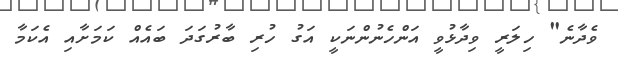
ވެދާނެ" ހިލަރީ ވިދާޅުވީ އަންހެނުންނަކީ އަގު ހުރި ބާރުގަދަ ބައެއް ކަމަށާއި އެކަމާ